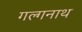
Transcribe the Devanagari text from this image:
गल्गनाथ